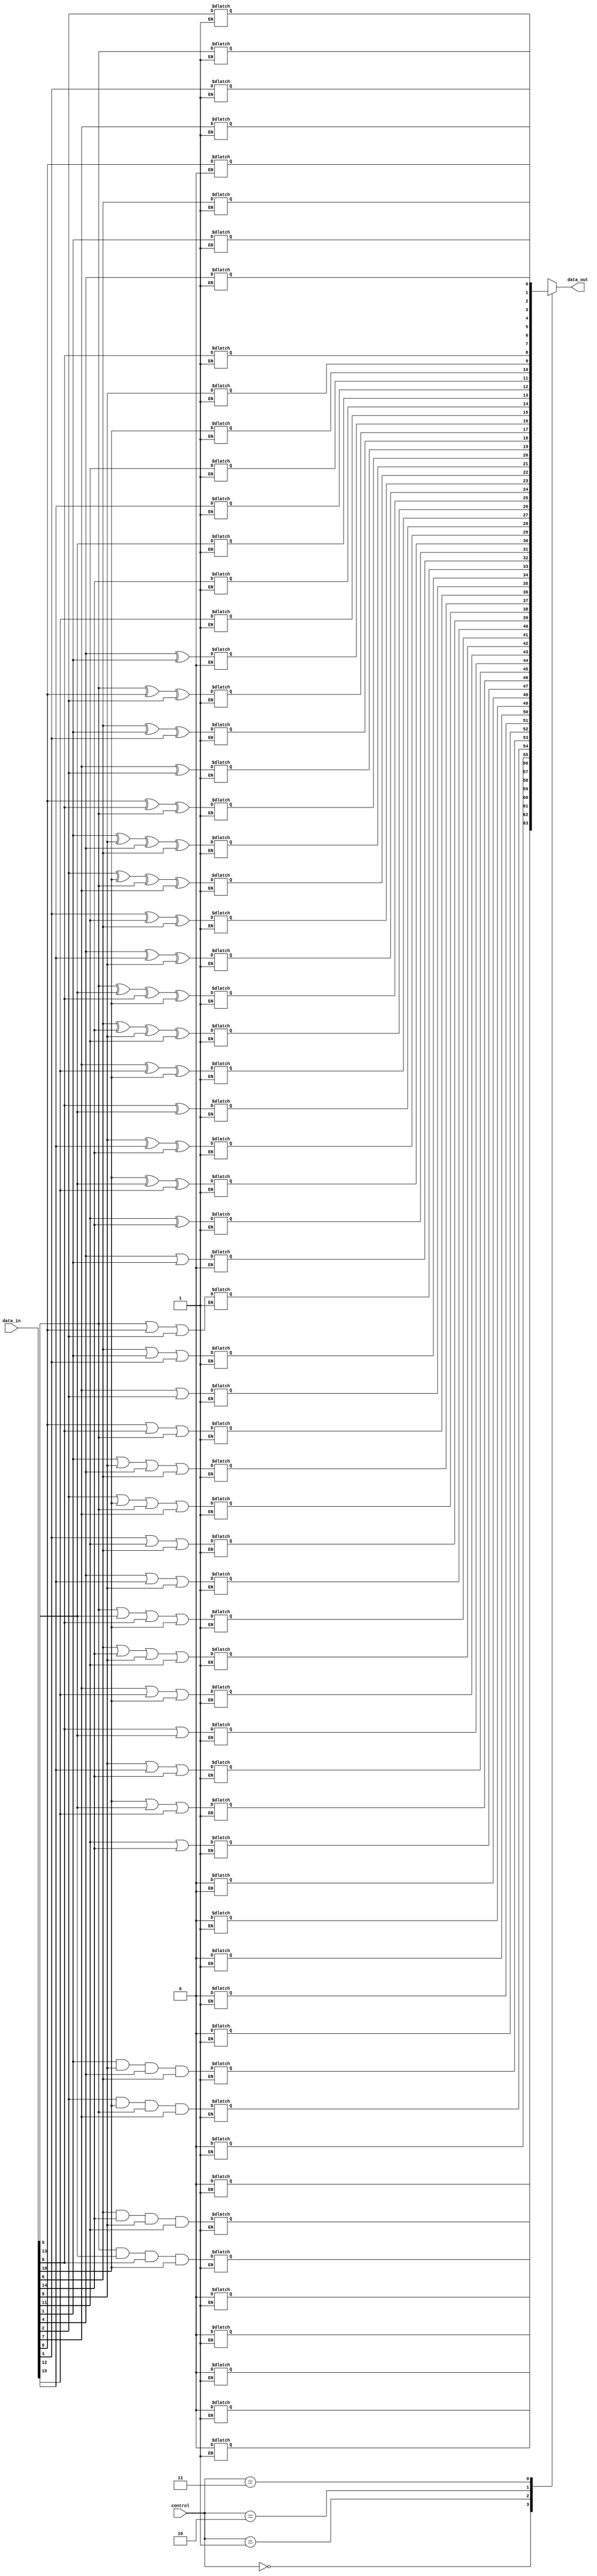
module adjacency_groups #(
    parameter WIDTH = 4, // Width of the input grid
    parameter HEIGHT = 4 // Height of the input grid
)(
    input wire [WIDTH*HEIGHT-1:0] data_in, // Input data signals
    input wire [1:0] control,               // Control signals to select operation
    output reg [WIDTH*HEIGHT-1:0] data_out  // Output processed signals
);

// Internal signals for adjacency groups
wire [WIDTH*HEIGHT-1:0] group_results [0:3]; // Results for each operation

// Grouping logic based on adjacency
// Each group corresponds to a specific adjacency rule
genvar i, j;
generate
    for (i = 0; i < HEIGHT; i = i + 1) begin : row
        for (j = 0; j < WIDTH; j = j + 1) begin : col
            // Calculate index for 1D data_in array
            integer idx = i * WIDTH + j;

            // AND operation for adjacent cells (up, down, left, right)
            assign group_results[0][idx] = (i > 0 ? data_in[(i-1)*WIDTH+j] : 1'b0) & // Up
                                            (i < HEIGHT-1 ? data_in[(i+1)*WIDTH+j] : 1'b0) & // Down
                                            (j > 0 ? data_in[i*WIDTH+(j-1)] : 1'b0) & // Left
                                            (j < WIDTH-1 ? data_in[i*WIDTH+(j+1)] : 1'b0); // Right

            // OR operation for adjacent cells
            assign group_results[1][idx] = (i > 0 ? data_in[(i-1)*WIDTH+j] : 1'b0) | // Up
                                            (i < HEIGHT-1 ? data_in[(i+1)*WIDTH+j] : 1'b0) | // Down
                                            (j > 0 ? data_in[i*WIDTH+(j-1)] : 1'b0) | // Left
                                            (j < WIDTH-1 ? data_in[i*WIDTH+(j+1)] : 1'b0); // Right

            // XOR operation for adjacent cells
            assign group_results[2][idx] = (i > 0 ? data_in[(i-1)*WIDTH+j] : 1'b0) ^ // Up
                                            (i < HEIGHT-1 ? data_in[(i+1)*WIDTH+j] : 1'b0) ^ // Down
                                            (j > 0 ? data_in[i*WIDTH+(j-1)] : 1'b0) ^ // Left
                                            (j < WIDTH-1 ? data_in[i*WIDTH+(j+1)] : 1'b0); // Right

            // Pass through the input for control signal 3 (no operation)
            assign group_results[3][idx] = data_in[idx];
        end
    end
endgenerate

// Output generation based on control signals
always @(*) begin
    case (control)
        2'b00: data_out = group_results[0]; // AND operation
        2'b01: data_out = group_results[1]; // OR operation
        2'b10: data_out = group_results[2]; // XOR operation
        2'b11: data_out = group_results[3]; // No operation (pass through)
        default: data_out = {WIDTH*HEIGHT{1'b0}}; // Default case (zero output)
    endcase
end

endmodule